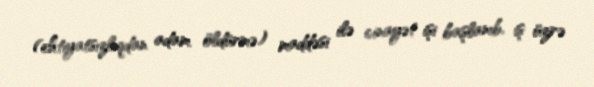
(ehtiyatsızlıqdan adam öldürmə) maddəsi ilə cinayət işi başlanıb, iş üzrə